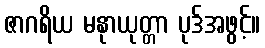
ဇာဂရိယ မနုာယုတ္တာ ပုဒ်အဖွင့်။